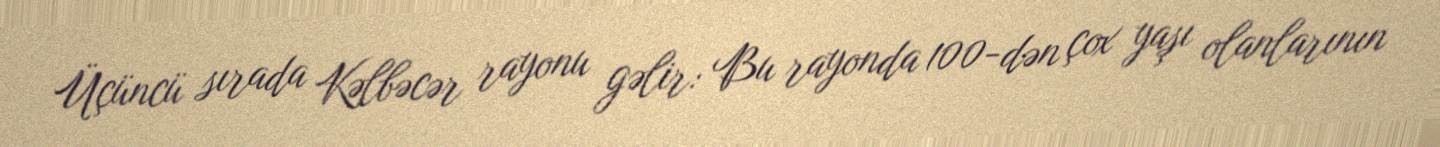
Üçüncü sırada Kəlbəcər rayonu gəlir: Bu rayonda 100-dən çox yaşı olanlarının